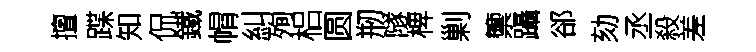
擅蹀知侃鐵㡌糾殉梠圆剏隧椑剿籞躡郤劾丞殺差